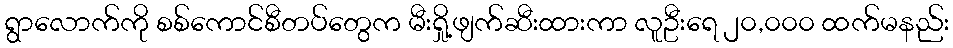
ရွာလောက်ကို စစ်ကောင်စီတပ်တွေက မီးရှို့ဖျက်ဆီးထားကာ လူဦးရေ ၂၀,၀၀၀ ထက်မနည်း